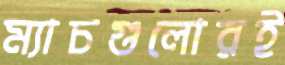
ম্যাচগুলোরই